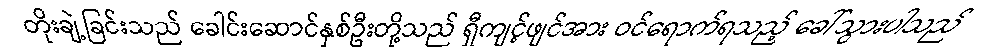
တိုးချဲ့ခြင်းသည် ခေါင်းဆောင်နှစ်ဦးတို့သည် ရှီကျင့်ဖျင်အား ဝင်ရောက်ရသည့် ခေါ်သွားပါသည်